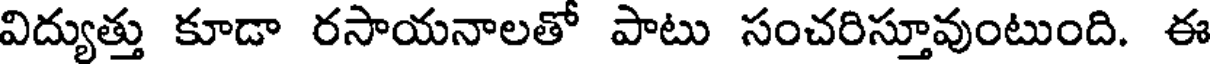
విద్యుత్తు కూడా రసాయనాలతో పాటు సంచరిస్తూవుంటుంది. ఈ